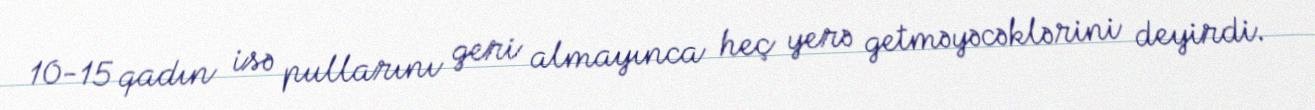
10-15 qadın isə pullarını geri almayınca heç yerə getməyəcəklərini deyirdi.